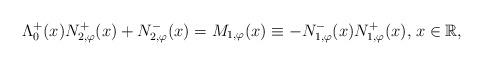
LaTeX: \begin{align*} \Lambda^{+}_{0}(x) N_{2,\varphi}^{+}(x) + N_{2,\varphi}^{-}(x) = {{M}_{1,\varphi}(x)\equiv - N_{1,\varphi}^{-}(x) N_{1,\varphi}^{+}(x),}\; x\in {\mathbb R},\end{align*}